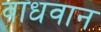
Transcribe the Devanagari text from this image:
वाधवान